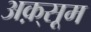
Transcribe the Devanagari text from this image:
अक़्सूम